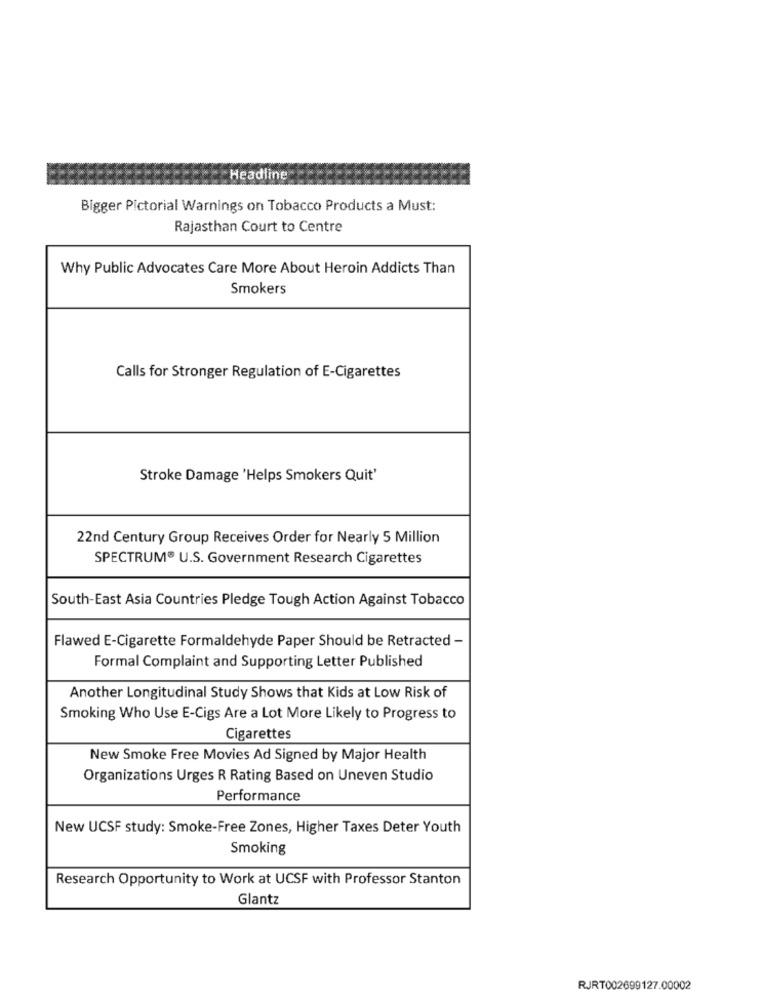
Headline
Bigger Pictorial Warnings on Tobacco Products a Must:
Rajasthan Court to Centre
Why Public Advocates Care More About Heroin Addicts Than
Smokers
Calls for Stronger Regulation of E-Cigarettes
Stroke Damage 'Helps Smokers Quit'
22nd Century Group Receives Order for Nearly 5 Million
SPECTRUM® U.S. Government Research Cigarettes
South-East Asia Countries Pledge Tough Action Against Tobacco
Flawed E-Cigarette Formaldehyde Paper Should be Retracted -
Formal Complaint and Supporting Letter Published
Another Longitudinal Study Shows that Kids at Low Risk of
Smoking Who Use E-Cigs Are a Lot More Likely to Progress to
Cigarettes
New Smoke Free Movies Ad Signed by Major Health
Organizations Urges R Rating Based on Uneven Studio
Performance
New UCSF study: Smoke-Free Zones, Higher Taxes Deter Youth
Smoking
Research Opportunity to Work at UCSF with Professor Stanton
Glantz
RJRT002699127.00002